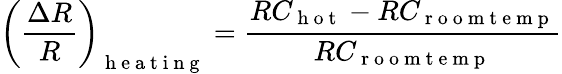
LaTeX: \left(\frac{\Delta R}{R}\right)_{\mathrm{~h~e~a~t~i~n~g~}}=\frac{RC_{\mathrm{~h~o~t~}}-RC_{\mathrm{~r~o~o~m~t~e~m~p~}}}{RC_{\mathrm{~r~o~o~m~t~e~m~p~}}}